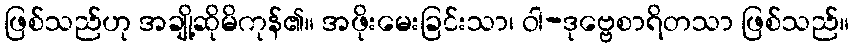
ဖြစ်သည်ဟု အချို့ဆိုမိကုန်၏။ အဖိုးမေးခြင်းသာ၊ ဝါ-ဒုဗ္ဗေစာရိတသာ ဖြစ်သည်။